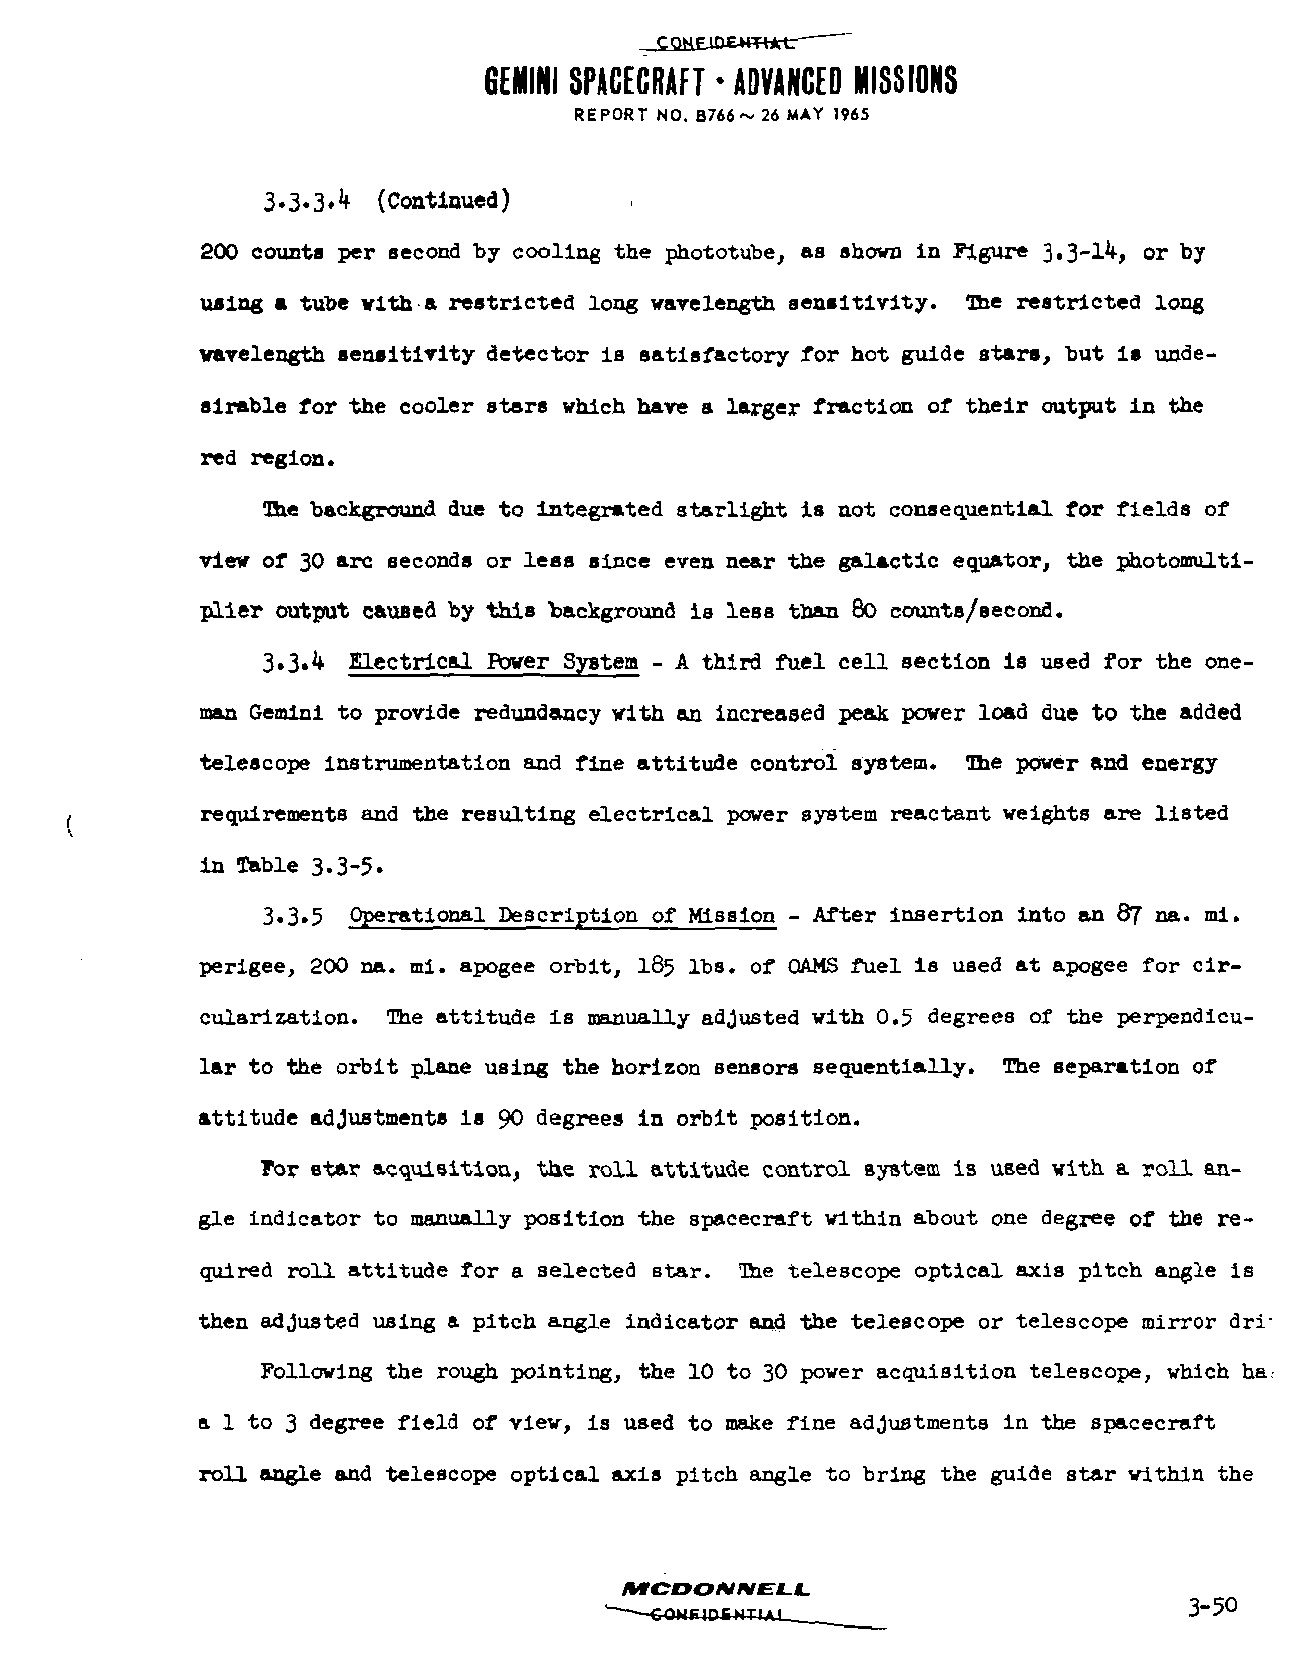
GEMINI SPACECRAFT * ADVANCED MISSIONS
 REPORT NO. B766~ 26 MAY 1965
 3«3«3'^ (Continued)
 200 counts per second by cooling the phototube, as shown in Figure 3«3-l^> or by
 using a tube vita<a restricted long wavelength sensitivity. Die restricted long
 vavelength sensitivity detector is satisfactory for hot guide stars, but is unde
 sirable for the cooler stars which have a larger fraction of their output in the
 red region.
 The background due to integrated starlight is not consequential for fields of
 view of 30 arc seconds or leeB since even near the galactic equator, the photomulti-
 plier output caused by this background is less than 80 counts/second.
 3.3«^ Electrical Paver System - A third fuel cell section is used for the one-
 man Gemini to provide redundancy with an increased peak pover load due to the added
 telescope instrumentation and fine attitude control system. Ihe power and energy
 requirements and the resulting electrical power system reactant weights are listed
 in Table 3.3-5*
 3.3.5 Operational Description of Mission - After insertion into an 87 na. mi.
 perigee, 200 na. mi. apogee orbit, 185 lbs. of OAMS fuel is used at apogee for cir-
 cularization. The attitude is manually adjusted with 0.5 degrees of the perpendicu
 lar to the orbit plane using the horizon sensors sequentially. The separation of
 attitude adjustments is 90 degrees in orbit position.
 For star acquisition, the roll attitude control system is used with a roll an
 gle indicator to manually position the spacecraft within about one degree of the re
 quired roll attitude for a selected star. Ihe telescope optical axis pitch angle is
 then adjusted using a pitch angle indicator and the telescope or telescope mirror dri-
 Following the rough pointing, the 10 to 30 power acquisition telescope, which ha
 a 1 to 3 degree field of view, is used to make fine adjustments in the spacecraft
 roll angle and telescope optical axis pitch angle to bring the guide star within the
 /Mrcoo/v/vfi_x.